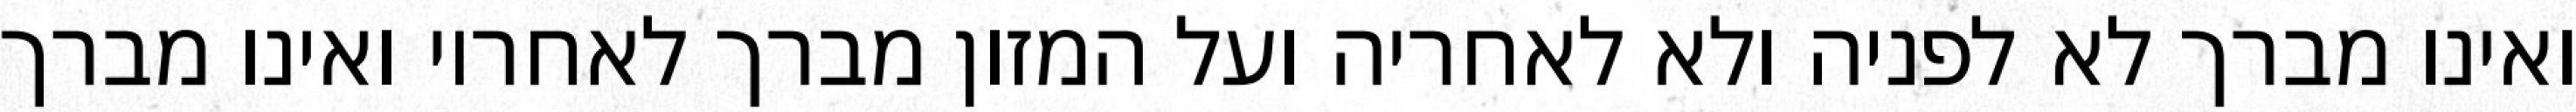
ואינו מברך לא לפניה ולא לאחריה ועל המזון מברך לאחריו ואינו מברך